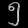
Digit: ၅